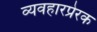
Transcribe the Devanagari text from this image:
व्यवहारप्रेरक